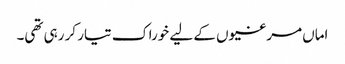
اماں مرغیوں کے لیے خوراک تیار کر رہی تھی۔